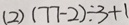
( 2 ) ( 7 7 - 2 ) \div 3 + 1